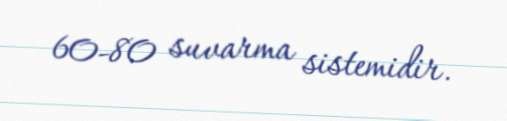
60-80 suvarma sistemidir.